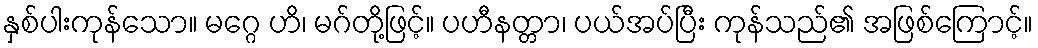
နှစ်ပါးကုန်သော။ မဂ္ဂေ ဟိ၊ မဂ်တို့ဖြင့်။ ပဟီနတ္တာ၊ ပယ်အပ်ပြီး ကုန်သည်၏ အဖြစ်ကြောင့်။